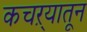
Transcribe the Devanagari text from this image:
कचऱ्यातून